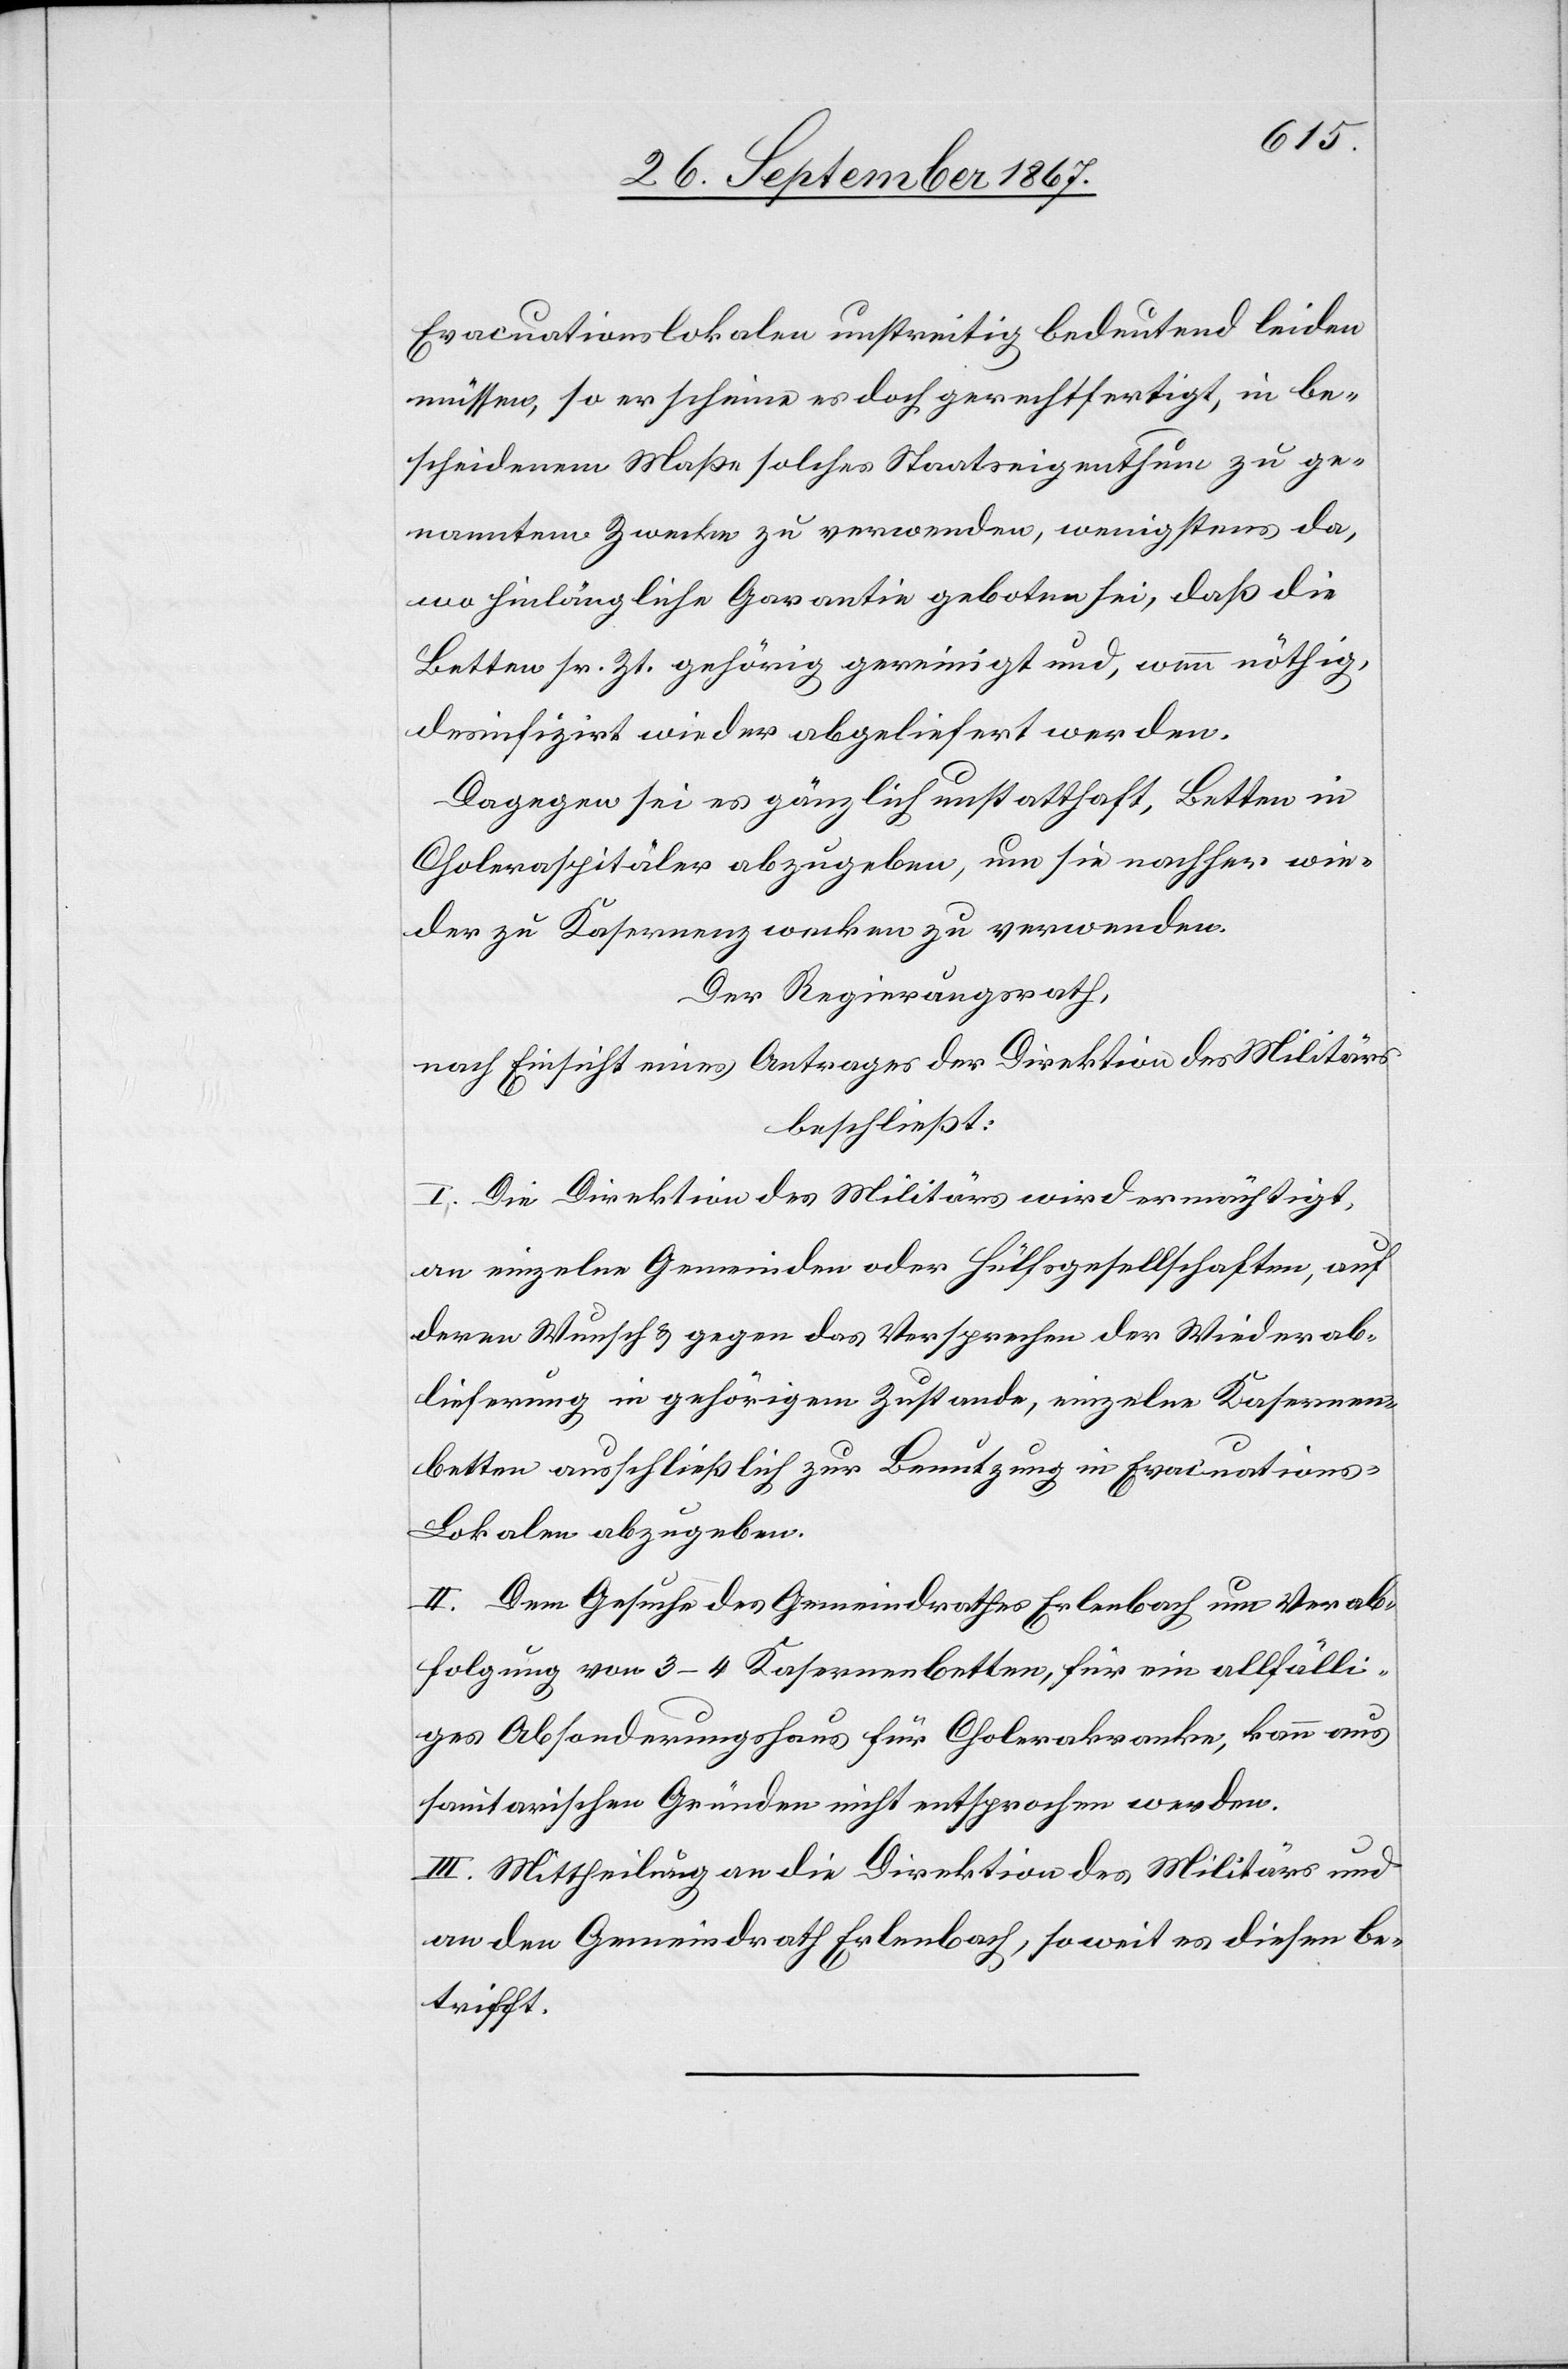
Evacuationslokalen unstrittig bedeutend leiden
müssen, so erscheine es doch gerechtfertigt, in be¬
scheidenem Maße solches Staatseigenthum zu ge¬
nanntem Zwecke zu verwenden, wenigstens da,
wo hinlängliche Garantie geboten sei, daß die
Betten sr. Zt. gehörig gereinigt und, wenn nöthig,
desinfizirt wieder abgeliefert werden.
Dagegen sei es gänzlich unstatthaft, Betten in
Choleraspitäler abzugeben, um sie nachher wie¬
der zu Kasernenzwecken zu verwenden.
Der Regierungsrath,
nach Einsicht eines Antrages der Direktion des Militärs,
beschließt:
I. Die Direktion des Militärs wird ermächtigt,
an einzelne Gemeinden oder Hülfsgesellschaften, auf
deren Wunsch u. gegen das Versprechen der Wiederab¬
lieferung in gehörigem Zustande, einzelne Kasernen¬
betten ausschließlich zur Benutzung in Evacuation¬
s-Lokalen abzugeben.
II. Dem Gesuche des Gemeindrathes Erlenbach um Verab¬
reichung von 3–4 Kasernenbetten, für ein allfälli¬
ges Absonderungshaus für Cholerakranke, kann aus
sanitarischen Gründen nicht entsprochen werden.
III. Mittheilung an die Direktion des Militärs und
an den Gemeindrath Erlenbach, so weit es diesen be¬
trifft.